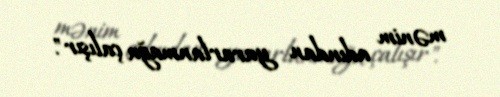
mənim adından yararlanmağa çalışır".